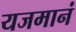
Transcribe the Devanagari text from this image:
यजमानं